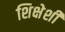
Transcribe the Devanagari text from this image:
शिक्षेशी